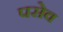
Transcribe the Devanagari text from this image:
पसेव